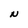
Character: N